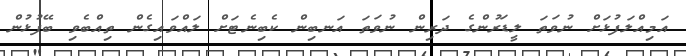
އަމިއްލަފުޅަށް ނުވަތަ ލީޑަރުންގެ ދަރިން ނުވަތަ އަނބިން ކެބިނެޓަށް ލައްވައިގެން ތިއްބެވި ބޭފުޅުން